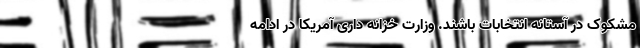
مشکوک در آستانه انتخابات باشند. وزارت خزانه داری آمریکا در ادامه